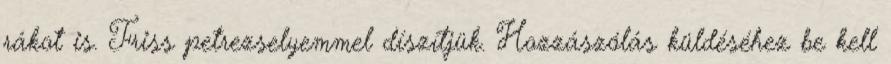
rákot is. Friss petrezselyemmel díszítjük. Hozzászólás küldéséhez be kell